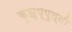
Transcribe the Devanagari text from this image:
कुझुप्पुल्ली